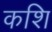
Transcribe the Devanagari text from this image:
कशि